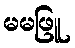
မမဖြူ